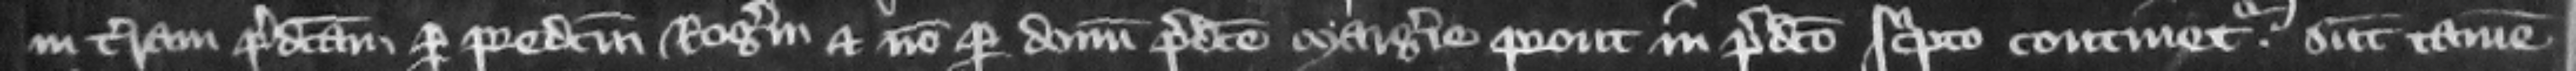
in terram predictam per predictum Rogerum et non per donum predicte Margerie prout in predicto scripto continetur. sunt tamen